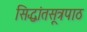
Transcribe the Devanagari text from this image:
सिद्धांतसूत्रपाठ